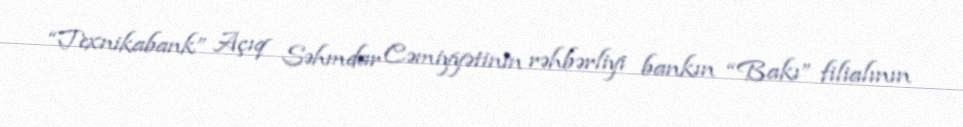
“Texnikabank” Açıq Səhmdar Cəmiyyətinin rəhbərliyi bankın “Bakı” filialının